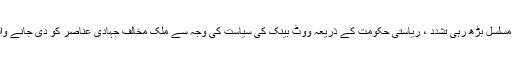
قرارداد میں کہا گیا ہے کہ اکھل بھارتیہ پرتندھی سبھا مغربی بنگال میں جہادی عناصر کی مسلسل بڑھ رہی تشدد ، ریاستی حکومت کے ذریعہ ووٹ بینک کی سیاست کی وجہ سے ملک مخالف جہادی عناصر کو دی جانے والی اہمیت اور ریاست میں ہندووں کی گھٹتی ہوئی آبادی پر سخت تشویش کا اظہار کرتی ہے۔